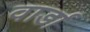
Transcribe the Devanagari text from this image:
वार्डा